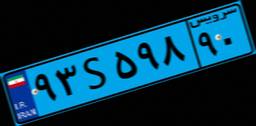
۸۸S۸۳۲۰۳